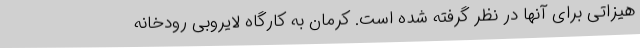
هیزاتی برای آنها در نظر گرفته شده است. کرمان به کارگاه لایروبی رودخانه